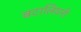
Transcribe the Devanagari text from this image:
बटालियनी